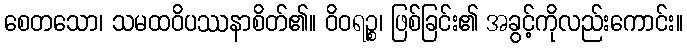
စေတသော၊ သမထဝိပဿနာစိတ်၏။ ဝိဝရဉ္စ၊ ဖြစ်ခြင်း၏ အခွင့်ကိုလည်းကောင်း။